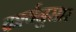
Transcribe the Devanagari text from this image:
कार्यनुसार